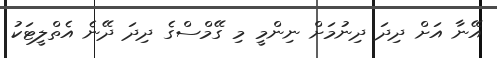
އޭނާ އަށް ދިދަ ދިނުމަށް ނިންމީ މި ގޭމްސްގެ ދިދަ ދޭނެ އެތްލީޓަކު